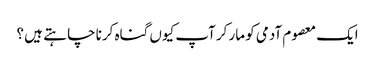
ایک معصوم آدمی کو مار کر آپ کیوں گناہ کرنا چا ہتے ہیں ؟